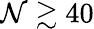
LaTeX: \mathcal{N}\gtrsim40